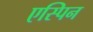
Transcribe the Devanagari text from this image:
एस्पिन